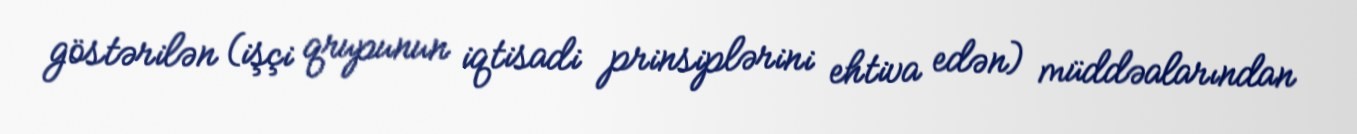
göstərilən (işçi qrupunun iqtisadi prinsiplərini ehtiva edən) müddəalarından